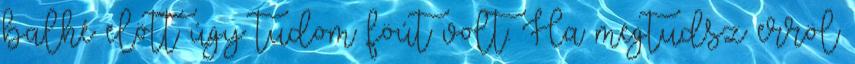
balhé elött úgy tudom föút volt. Ha megtudsz erröl